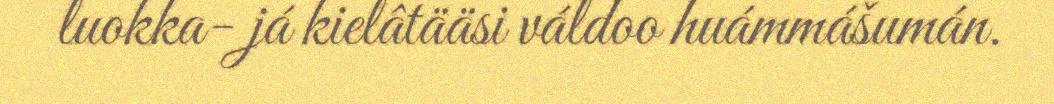
luokka- já kielâtääsi váldoo huámmášumán.